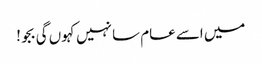
میں اسے عام سا نہیں کہوں گی بجو!